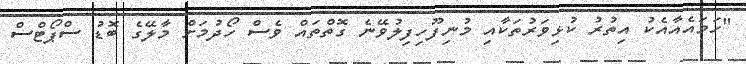
"ހަމައެއާއެކު އިތުރު ކުޅިވަރުތަކާއި މުނިފޫހިފިލުވޭނެ ގޮތްތައް ވެސް ހޯދުމަށް މާލޭގެ ބޮޑު ސްޕޯޓްސް